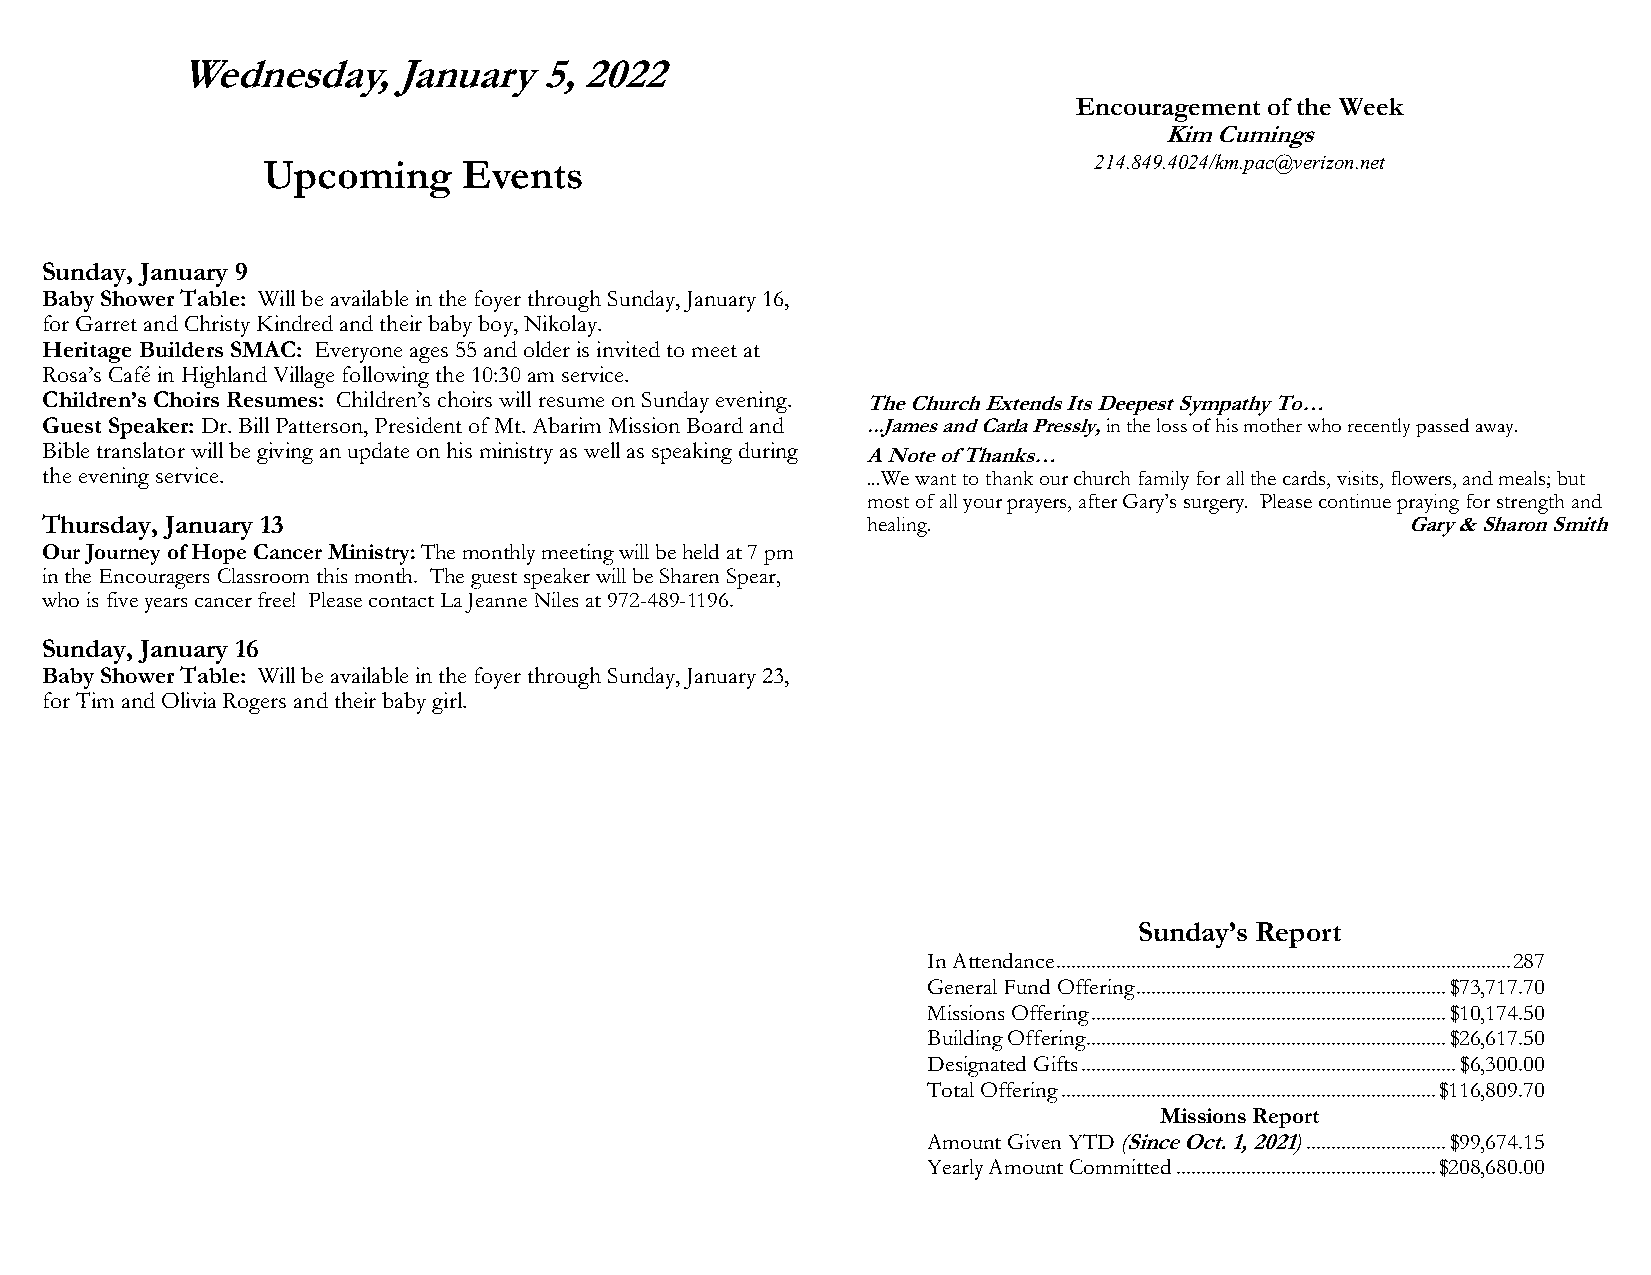
Wednesday,    January   5, 2022
 Encouragement of the Week
 Kim Cumings
 Upcoming      Events                                   214.849.4024/km. pac@verizon.net
 Sunday, January 9
 Baby Shower Table: Will be available in the foyer through Sunday, January 16,
 for Garret and Christy Kindred and their baby boy, Nikolay.
 Heritage Builders SMAC: Everyone ages 55 and older is invited to meet at
 Rosa’s Café in Highland Village following the 10:30 am service.
 Children’s Choirs Resumes: Children’s choirs will resume on Sunday evening. T he Church Extends Its Deepest Sympathy To…
 Guest Speaker: Dr. Bill Patterson, President of Mt. Abarim Mission Board and ...James and Carla Pressly, in the loss of his mother who recently passed away.
 Bible translator will be giving an update on his ministry as well as speaking during A Note of Thanks…
 the evening service.                                  ...We want to thank our church family for all the cards, visits, flowers, and meals; but
 most of all your prayers, after Gary’s surgery. Please continue praying for strength and
 Thursday, January 13                                  healing.                            Gary & Sharon Smith
 Our Journey of Hope Cancer Ministry: The monthly meeting will be held at 7 pm
 in the Encouragers Classroom this month. The guest speaker will be Sharen Spear,
 who is five years cancer free! Please contact La Jeanne Niles at 972-489-1196.
 Sunday, January 16
 Baby Shower Table: Will be available in the foyer through Sunday, January 23,
 for Tim and Olivia Rogers and their baby girl.
 Sunday’s Report
 In Attendance ........................................................................................... 287
 General Fund Offering .............................................................. $73,717.70
 Missions Offering ....................................................................... $10,174.50
 Building Offering ........................................................................ $26,617.50
 Designated Gifts ........................................................................... $6,300.00
 Total Offering ........................................................................... $116,809.70
 Missions Report
 Amount Given YTD (Since Oct. 1, 2021) ............................ $99,674.15
 Yearly Amount Committed .................................................... $208,680.00